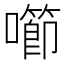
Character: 㘉